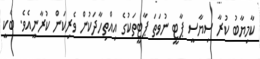
ކާމިޔާބު ކުރާ ސިޔާސީ ޕާޓީ ނުވަތަ ޕާޓީތަކުގެ އިއްތިހާދަކުން ވެރިކަން ކުރާނީއެވެ. ބާކީ